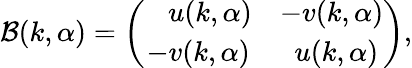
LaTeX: {\cal B}(k,\alpha)=\left(\begin{array}{cc}{{\, \, \, \, \, u(k,\alpha)}}&{{-v(k,\alpha)}}\\ {{-v(k,\alpha)}}&{{\, \, u(k,\alpha)}}\end{array}\right),